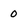
Character: 0